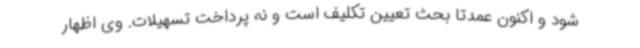
شود و اکنون عمدتا بحث تعیین تکلیف است و نه پرداخت تسهیلات. وی اظهار